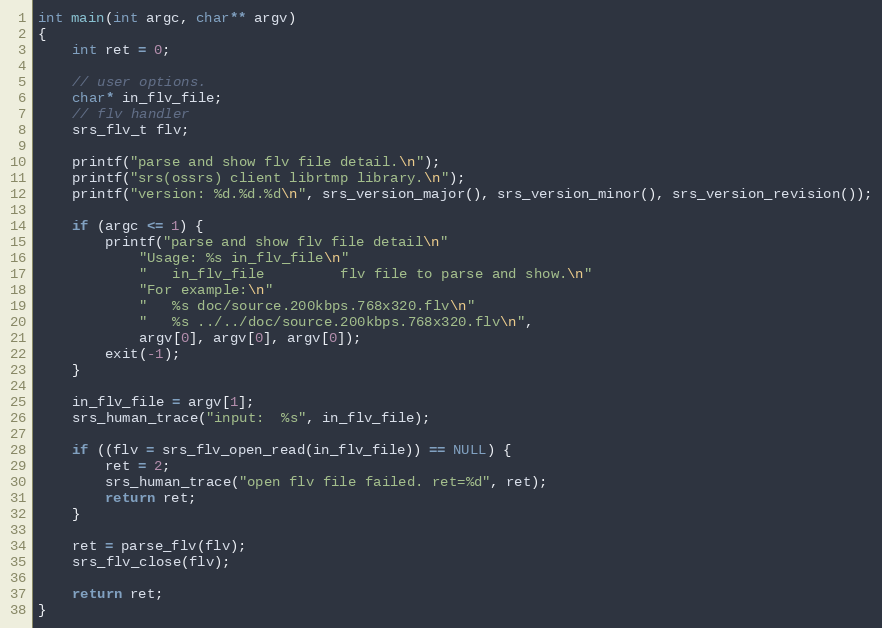
Language: C
int main(int argc, char** argv)
{
    int ret = 0;

    // user options.
    char* in_flv_file;
    // flv handler
    srs_flv_t flv;

    printf("parse and show flv file detail.\n");
    printf("srs(ossrs) client librtmp library.\n");
    printf("version: %d.%d.%d\n", srs_version_major(), srs_version_minor(), srs_version_revision());

    if (argc <= 1) {
        printf("parse and show flv file detail\n"
            "Usage: %s in_flv_file\n"
            "   in_flv_file         flv file to parse and show.\n"
            "For example:\n"
            "   %s doc/source.200kbps.768x320.flv\n"
            "   %s ../../doc/source.200kbps.768x320.flv\n",
            argv[0], argv[0], argv[0]);
        exit(-1);
    }

    in_flv_file = argv[1];
    srs_human_trace("input:  %s", in_flv_file);

    if ((flv = srs_flv_open_read(in_flv_file)) == NULL) {
        ret = 2;
        srs_human_trace("open flv file failed. ret=%d", ret);
        return ret;
    }

    ret = parse_flv(flv);
    srs_flv_close(flv);

    return ret;
}